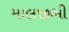
માલજીભી